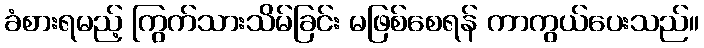
ခံစားရမည့် ကြွက်သားသိမ်ခြင်း မဖြစ်စေရန် ကာကွယ်ပေးသည်။